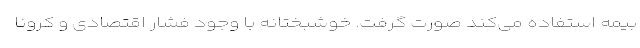
بیمه استفاده می‌کند صورت گرفت. خوشبختانه با وجود فشار اقتصادی و کرونا